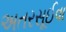
અતરસૂઈવા